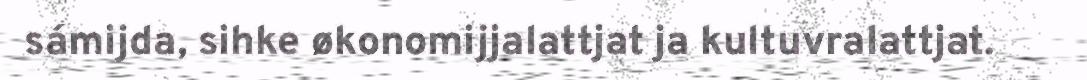
sámijda, sihke økonomijjalattjat ja kultuvralattjat.